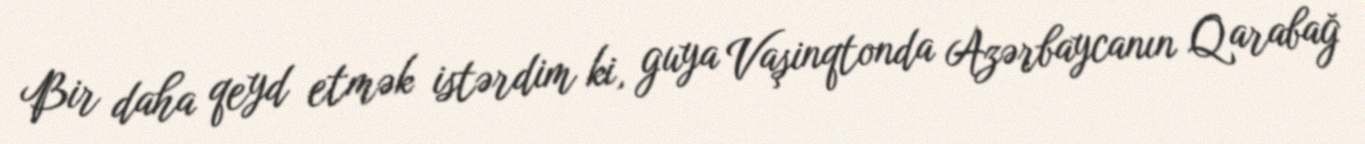
Bir daha qeyd etmək istərdim ki, guya Vaşinqtonda Azərbaycanın Qarabağ